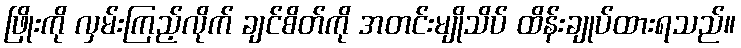
ဖြိုးကို လှမ်းကြည့်လိုက် ချင်စိတ်ကို အတင်းမျိုသိပ် ထိန်းချုပ်ထားရသည်။